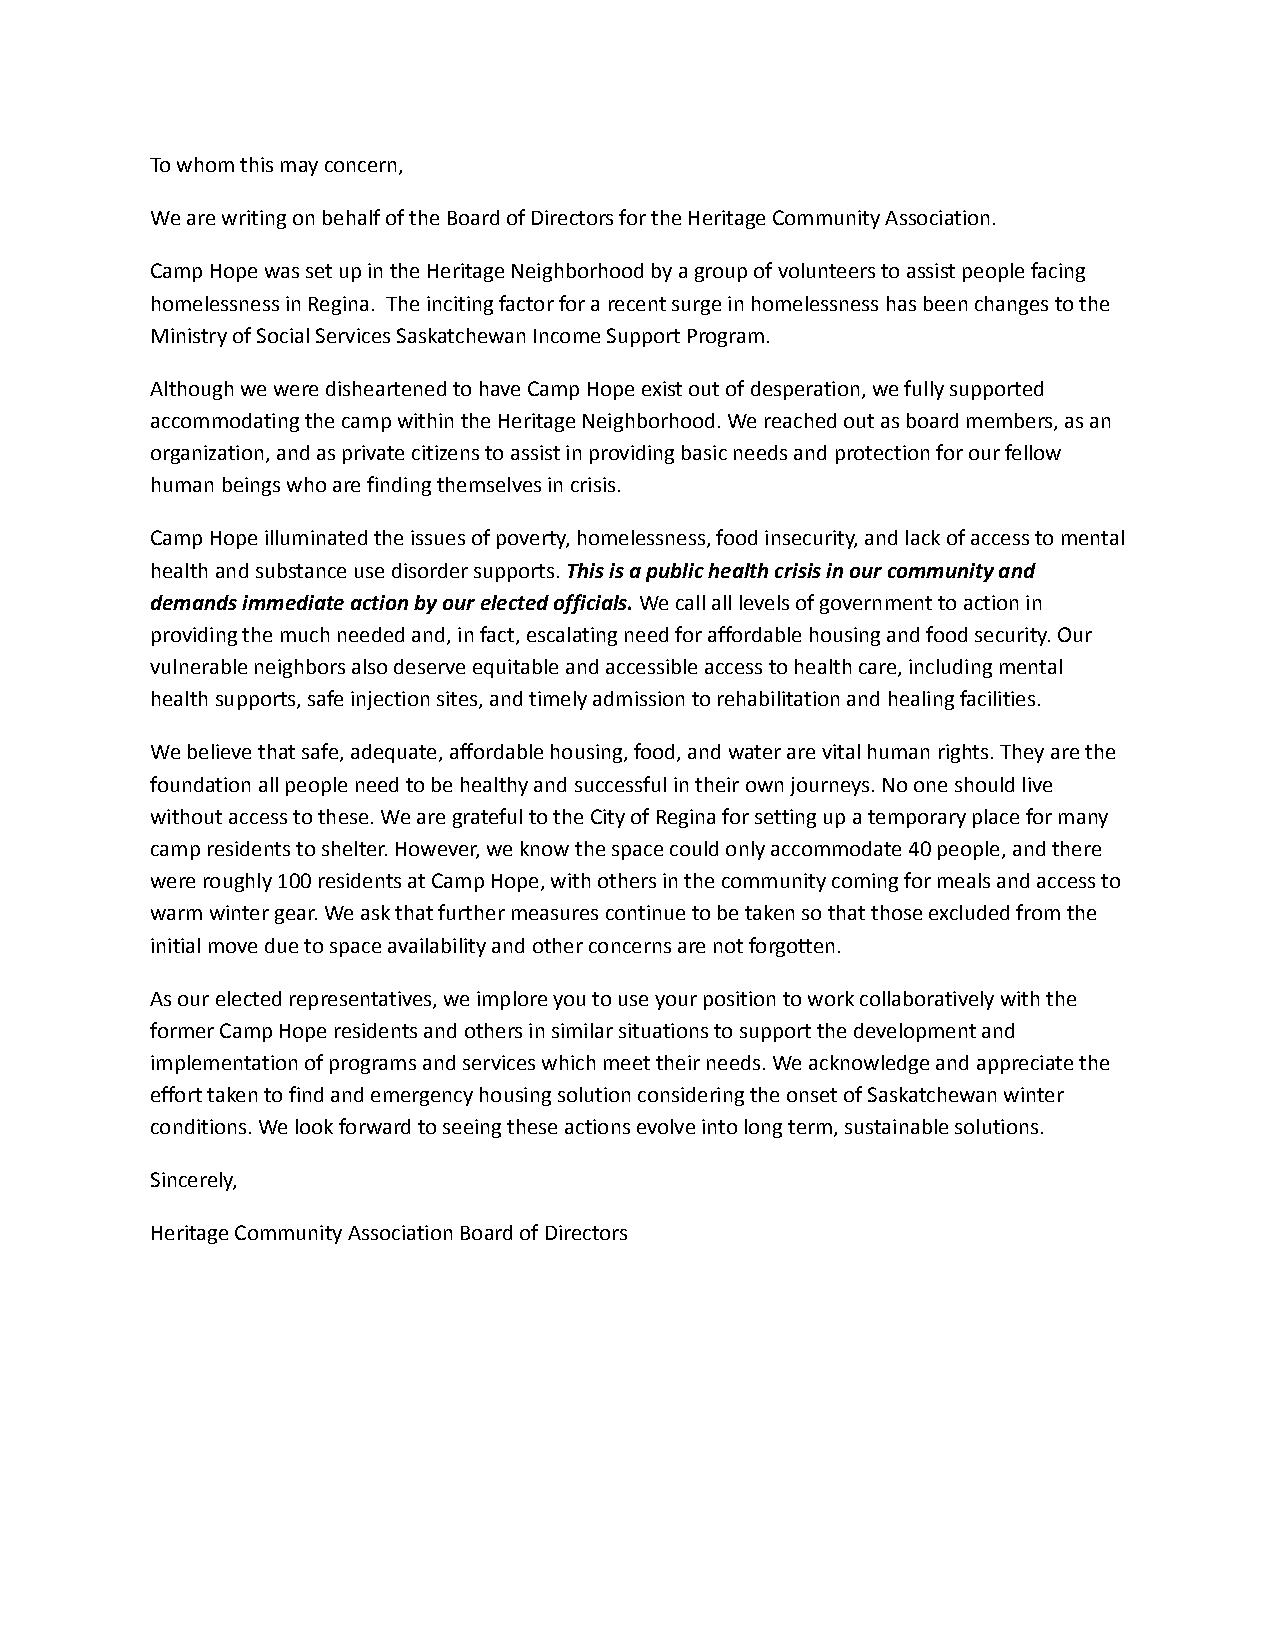
To whom this may concern,
 We are writing on behalf of the Board of Directors for the Heritage Community Association.
 Camp Hope was set up in the Heritage Neighborhood by a group of volunteers to assist people facing
 homelessness in Regina. The inciting factor for a recent surge in homelessness has been changes to the
 Ministry of Social Services Saskatchewan Income Support Program.
 Although we were disheartened to have Camp Hope exist out of desperation, we fully supported
 accommodating the camp within the Heritage Neighborhood. We reached out as board members, as an
 organization, and as private citizens to assist in providing basic needs and protection for our fellow
 human beings who are finding themselves in crisis.
 Camp Hope illuminated the issues of poverty, homelessness, food insecurity, and lack of access to mental
 health and substance use disorder supports.This isa public health crisis in our community and
 demands immediate action by our elected officials.We call all levels of government to action in
 providing the much needed and, in fact, escalating need for affordable housing and food security. Our
 vulnerable neighbors also deserve equitable and accessible access to health care, including mental
 health supports, safe injection sites, and timely admission to rehabilitation and healing facilities.
 We believe that safe, adequate, affordable housing, food, and water are vital human rights. They are the
 foundation all people need to be healthy and successful in their own journeys. No one should live
 without access to these. We are grateful to the City of Regina for setting up a temporary place for many
 camp residents to shelter. However, we know the space could only accommodate 40 people, and there
 were roughly 100 residents at Camp Hope, with others in the community coming for meals and access to
 warm winter gear. We ask that further measures continue to be taken so that those excluded from the
 initial move due to space availability and other concerns are not forgotten.
 As our elected representatives, we implore you to use your position to work collaboratively with the
 former Camp Hope residents and others in similar situations to support the development and
 implementation of programs and services which meet their needs. We acknowledge and appreciate the
 effort taken to find and emergency housing solution considering the onset of Saskatchewan winter
 conditions. We look forward to seeing these actions evolve into long term, sustainable solutions.
 Sincerely,
 Heritage Community Association Board of Directors